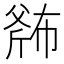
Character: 𱡬